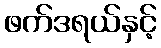
ဖက်ဒရယ်နှင့်